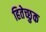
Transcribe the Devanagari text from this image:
हितेच्छुक